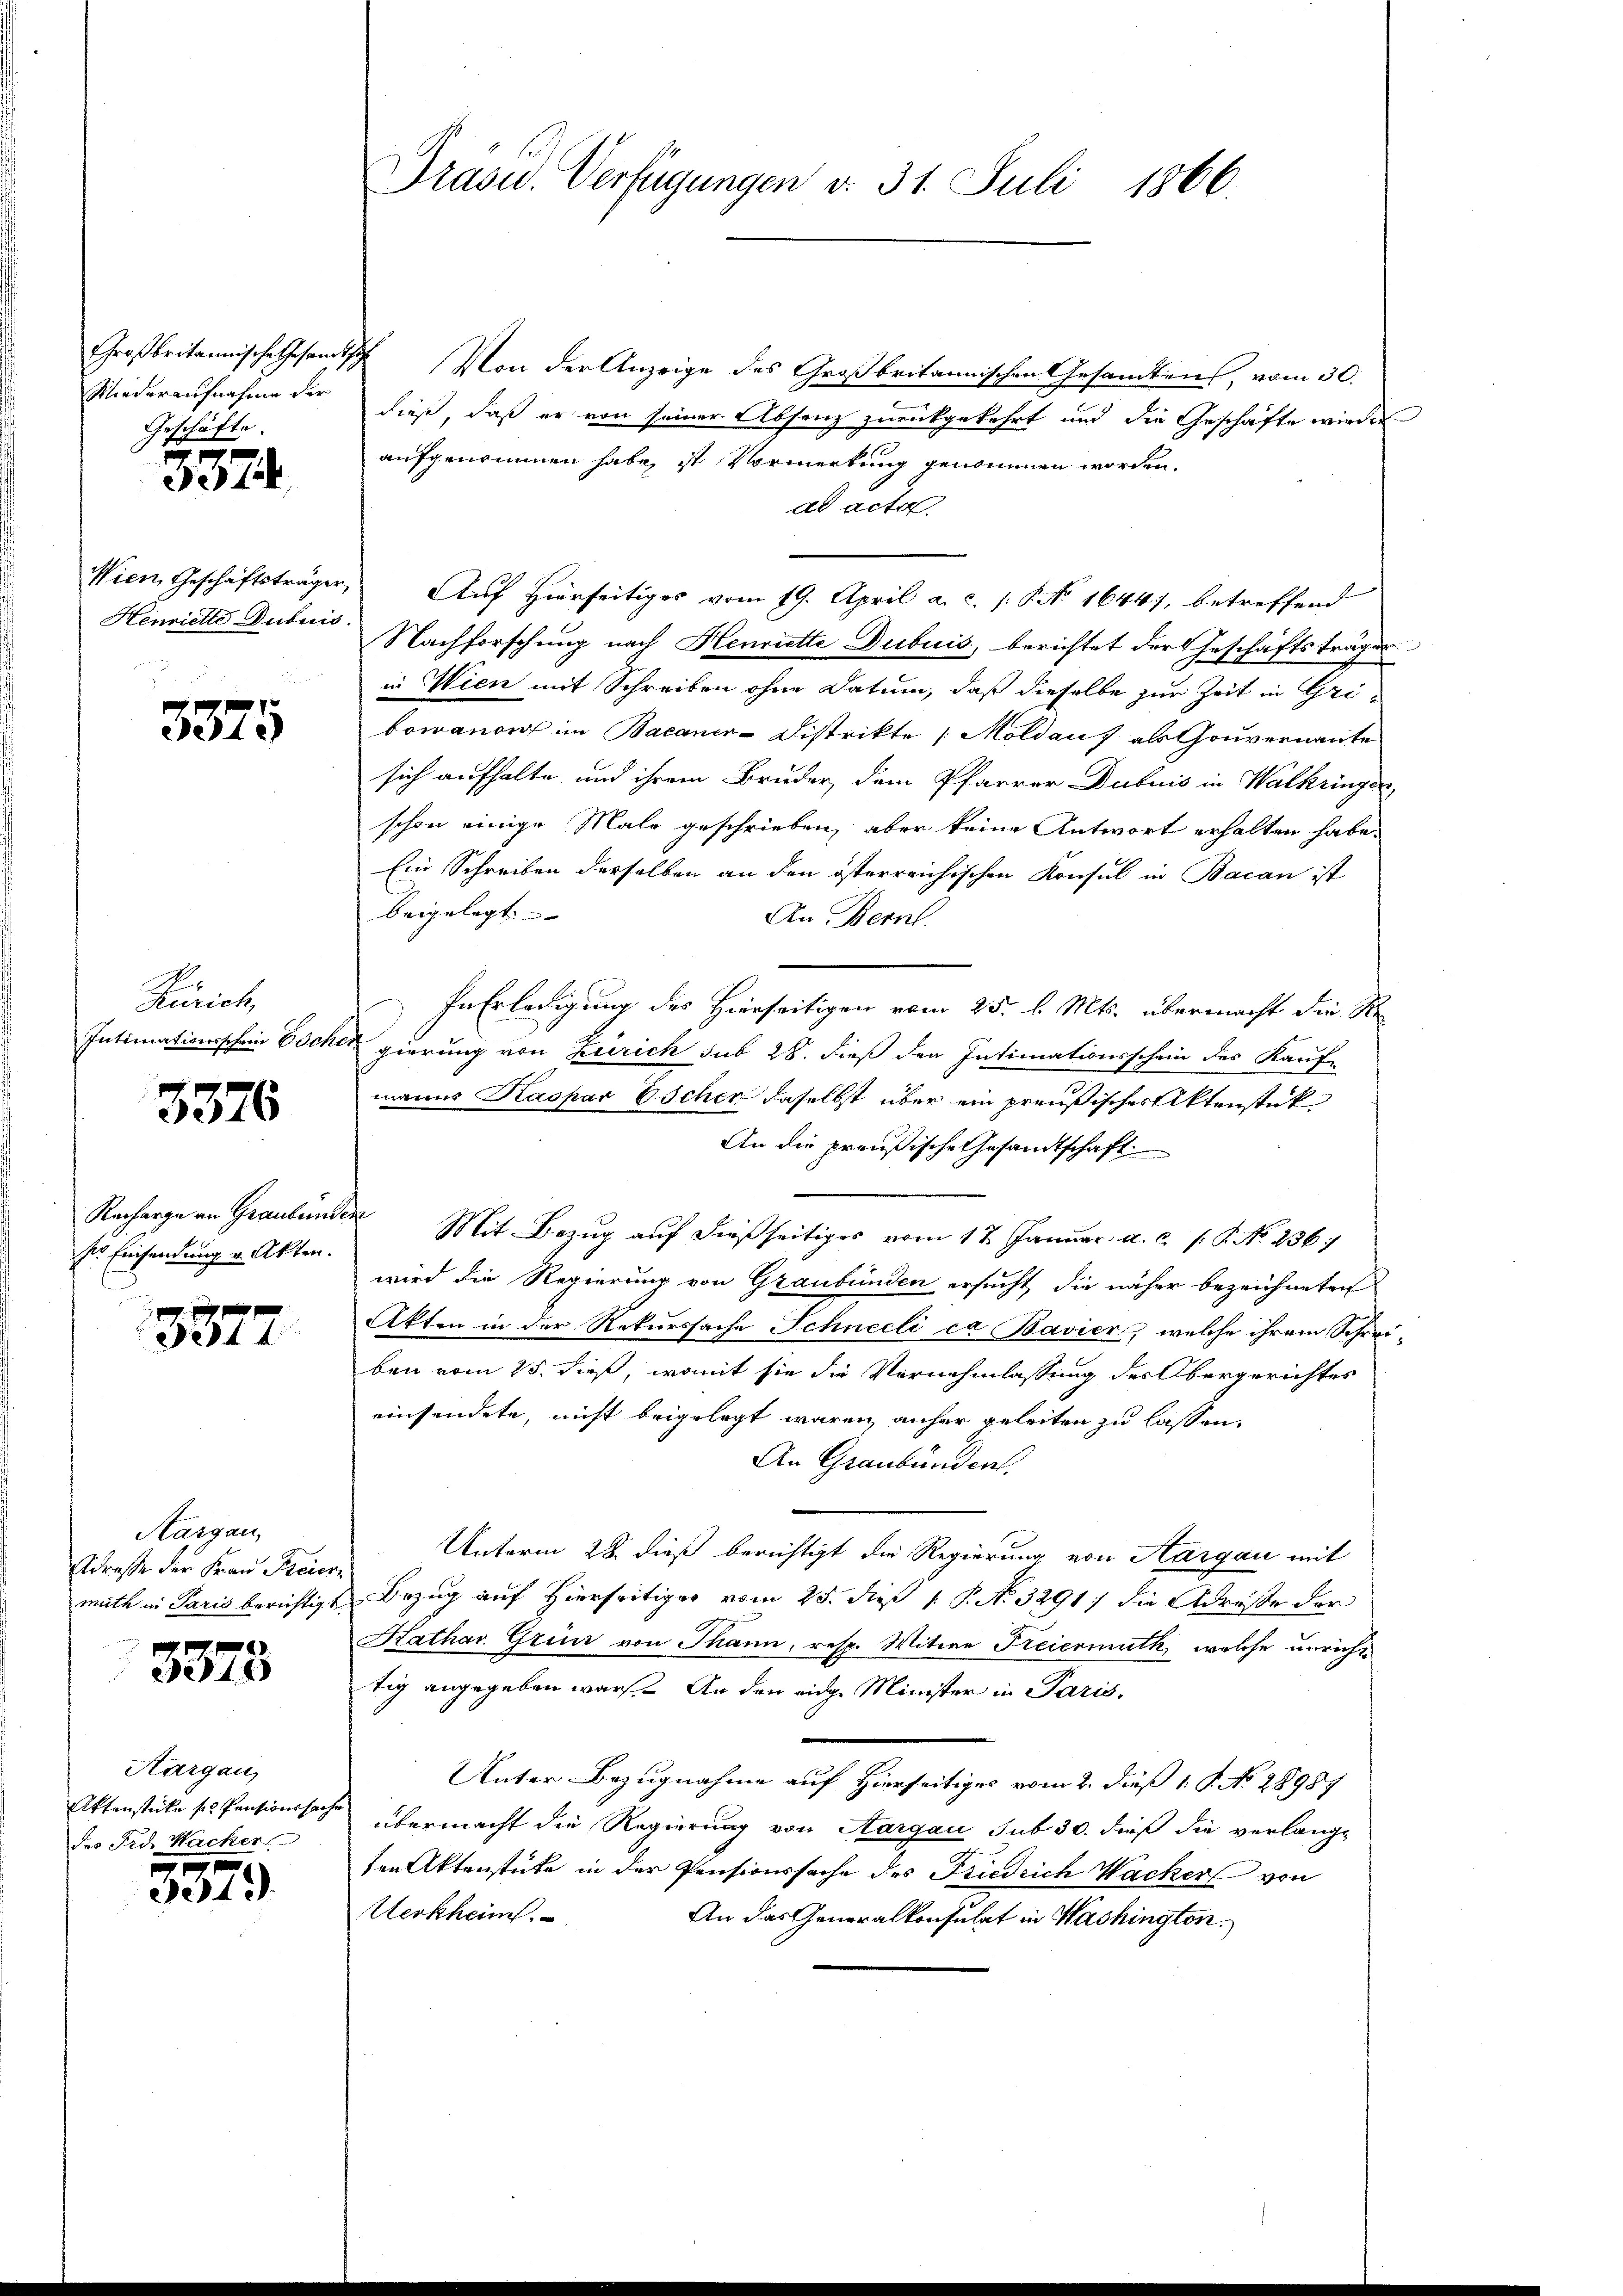
Wiederaufnahme der
Geschäfte.

3374.

Henriette Dutuis.

3375

Zürich,
Intimationsschein Esche

3376

ser Einsendung v. Akten.

3372

Aargau,
Erdresse der Frau Freier
muth in Paris berichtigt

3375

Aargau,
Aktenstücke se Pensionssach
des Frd. Nacher

3379.

Präsid.. Verfügungen v. 31. Juli 1866.

Großbritannische Gesamtsch. Von der Anzeige des Großbritannischen Gesandtens, vom 30.
dieß, daß er von seiner Absenz zurückgekehrt und die Geschäfte wirden
aufgenommen habe, ist Vormerkung genommen worden.
ad acta
Wien Geschäftsträger Auf hierseitiges vom 19. April a. c. s. S. No 16447, betreffend
Nachforschung nach Henriette Dubuis, berichtet der Geschäftsträger
in Wien mit Schreiben ohne Datum, daß dieselbe zur Zeit in Gribowanow im Bacaner-Distrikte Moldau, als Gouvernante
sich aufhalte und ihrem Bruder, dem Pfarrer Dubuis in Walkringen
schon einige Male geschrieben, aber keine Antwort erhalten habe.
Ein Schreiben derselben an den österreichischen Konsul in Bacan ist
beigelegt. |
An Bern.
In Erledigung des Hierseitigen vom 25. l. Mts. übermacht die Re-
c
gierung von Zürich sub 28. dieß den Intimationsschein des Kauf-
manns Kaspar Eschen daselbst über ein preußischer Aktenstück
An die preußische Gesandtschaft
Racharge an Graubünden Mit Bezug auf dießseitiges vom 17. Januar a. c. P. No. 236
wird die Regierung von Graubünden ersucht die näher bezeichneten
Akten in der Rekurssache Schneeli ca Bavier, welche ihrem Schreiben vom 25. dieß, womit sie die Vornehmlassung des Obergerichtes
einsendete, nicht beigelegt waren, anher geleiten zu lassen.
An Graubünden.
Unterm 28. dieß berichtigt die Regierung von Aargau mit
Bezug auf Hierseitiger vom 25. dieß P. No. 3291) die Adreste der
Kathar. Grün von Thann, resp. Witwe Freiermuth, welche unricht
tig angegeben warf. An den eidge Minister in Paris,
Unter Bezugnahme auf Hierseitiges vom 2. dieß 1. P. No. 28987
übermacht die Regierung von Aargau sub 30. dieß die verlangten Aktenstütze in der Pensionssache des Friedrich Wacker von
Uerkheim.
An das Generalkonsulat in Washington.